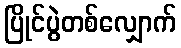
ပြိုင်ပွဲတစ်လျှောက်